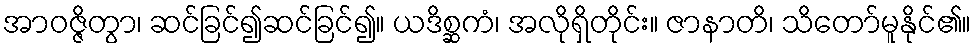
အာဝဇ္ဇိတွာ၊ ဆင်ခြင်၍ဆင်ခြင်၍။ ယဒိစ္ဆကံ၊ အလိုရှိတိုင်း။ ဇာနာတိ၊ သိတော်မူနိုင်၏။